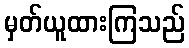
မှတ်ယူထားကြသည်